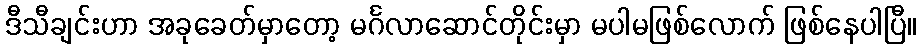
ဒီသီချင်းဟာ အခုခေတ်မှာတော့ မင်္ဂလာဆောင်တိုင်းမှာ မပါမဖြစ်လောက် ဖြစ်နေပါပြီ။